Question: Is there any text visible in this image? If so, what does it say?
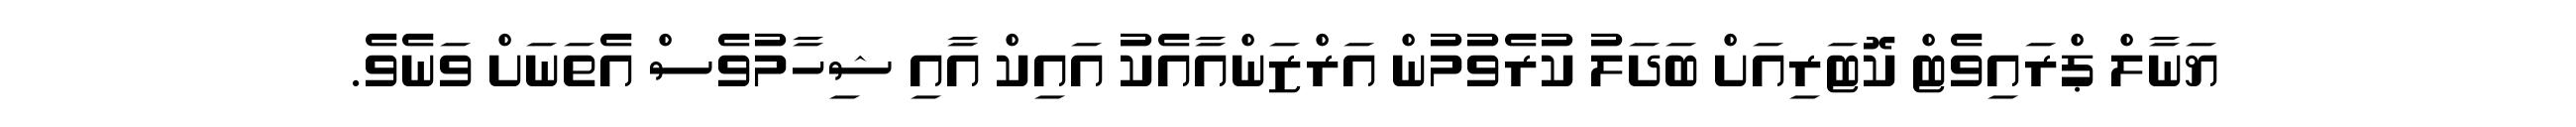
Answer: ޔަނާލް ޕްރައިވެޓް ކޮޓަރިއަށް ބަދަލު ކުރެވުމުން އަރްޒަންއާއެކު އައިކް އާއި ޝިހާމުވެސް އެތަނަށް ވަނެވެ.